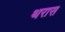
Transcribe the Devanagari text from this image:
थरास